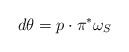
LaTeX: \begin{align*}d\theta = {p}\cdot \pi^*\omega_S\end{align*}